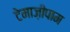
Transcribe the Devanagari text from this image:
टेमाज़ीपाम